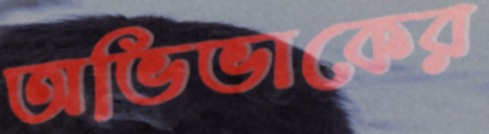
অভিভাকের